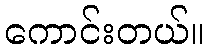
ကောင်းတယ်။